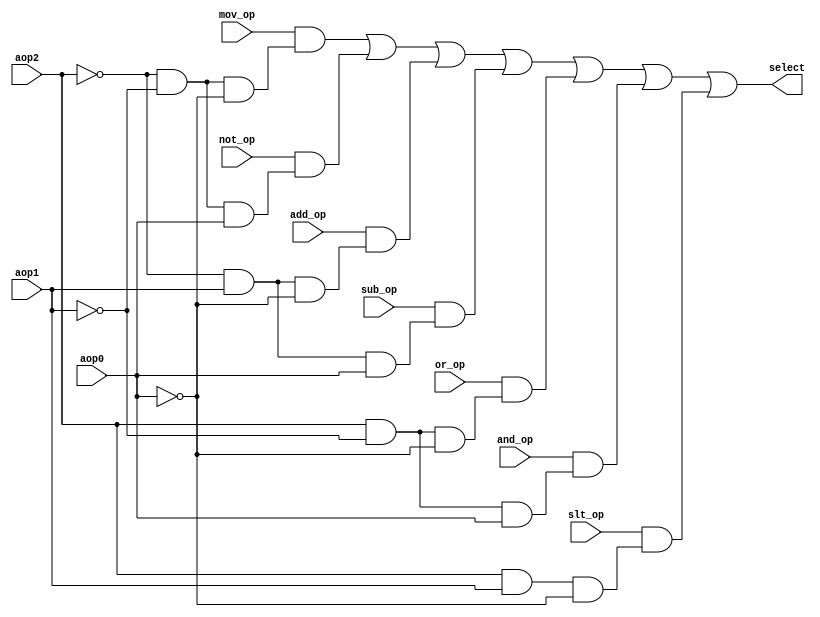
`timescale 1ns / 1ps
//////////////////////////////////////////////////////////////////////////////////
// Company: 
// Engineer: 
// 
// Design Name: 
// Module Name:    MUX_ALUop_Select 
// Project Name: 
// Target Devices: 
// Tool versions: 
// Description: 
//
// Dependencies: 
//
// Revision: 
// Revision 0.01 - File Created
// Additional Comments: 
//
//////////////////////////////////////////////////////////////////////////////////
module MUX_ALUop_Select(output select, input aop2, aop1, aop0, 
		mov_op, not_op, add_op, sub_op, or_op, and_op, slt_op
    );
//There are SEVEN functions. This will produce a 7 bit binary number, of 7b' 0000000
//Only one bit will be active at a time. Except for 000000, which doesn't exist from 
//given ALU op codes
	wire n_aop2, n_aop1, n_aop0; //For inverter
	not (n_aop2, aop2);
	not (n_aop1, aop1);
	not (n_aop0, aop0);
	wire w1,w2,w3,w4,w5,w6,w7;	//for OP_ALU
	wire s1,s2,s3,s4,s5,s6,s7;	//for selection of operational answer
//MOV select
	and	(w1, n_aop2, n_aop1, n_aop0);		
	and 	(s1, mov_op, w1);
//NOT select
	and	(w2, n_aop2, n_aop1, aop0);	
	and 	(s2, not_op, w2);
//ADD select
	and	(w3, n_aop2, aop1, n_aop0);		
	and 	(s3, add_op, w3);
//SUB select
	and	(w4, n_aop2, aop1, aop0);			
	and 	(s4, sub_op, w4);
//OR select
	and	(w5, aop2, n_aop1, n_aop0);		
	and 	(s5, or_op, w5);
//AND select
	and	(w6, aop2, n_aop1, aop0);			
	and 	(s6, and_op, w6);
//SLT select
	and	(w7, aop2, aop1, n_aop0);			
	and 	(s7, slt_op, w7);
//Pick correct operation
	or 	(select, s1,s2,s3,s4,s5,s6,s7);

endmodule